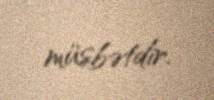
müsbətdir.